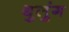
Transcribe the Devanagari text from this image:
थुलुंग